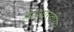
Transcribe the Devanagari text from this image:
है।शारदीय